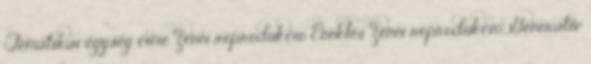
Tematikai egység címe Zenei reprodukció Éneklés Zenei reprodukció Generatív